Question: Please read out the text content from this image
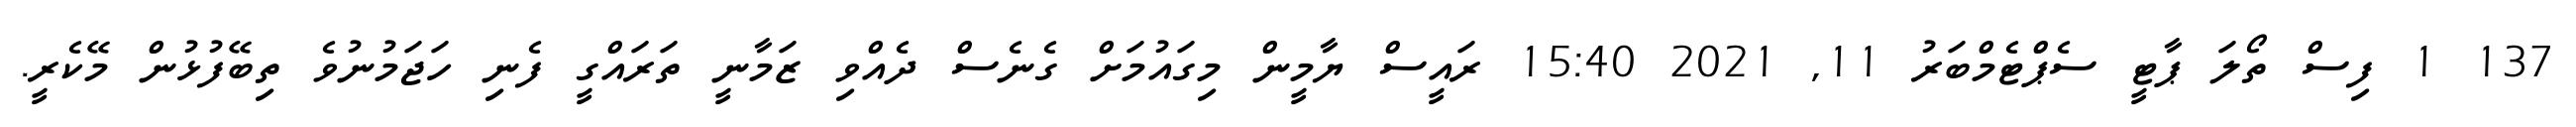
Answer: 137 1 ފިސް ތޯލަ ޕާޓީ ސެޕްޓެމްބަރު 11, 2021 15:40 ރައީސް ޔާމީން މިގައުމަށް ގެނެސް ދެއްވި ޒަމާނީ ތަރައްގީ ފެނި ހަޖަމުނުވެ ތިބޭފުޅުން މޭކެރީ.